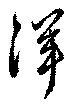
洋